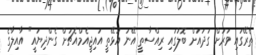
ތެރޭގައި ވަރަށް ގަދައަށް ބޮލުގައި ރިއްސާތީ އޭނަ އުޅޭތީ އައިޖީއެމްއެޗަށް ގެންދިޔައީ" އާއިލާގެ